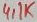
Text: 4,1K